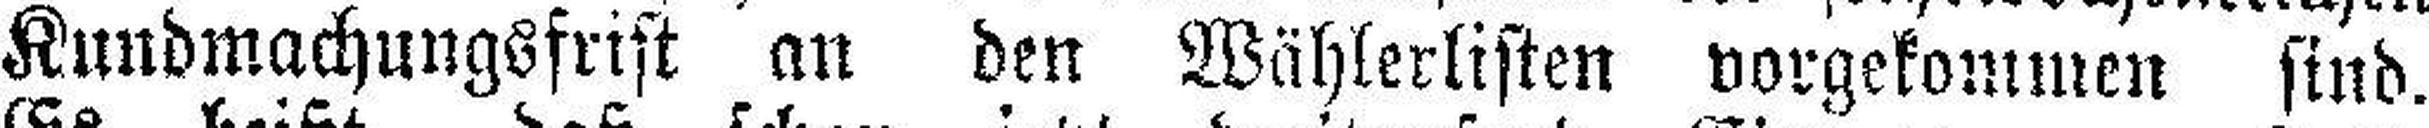
Kundmachungsfrist an den Wählerlisten vorgekommen sind.